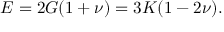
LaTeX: E = 2 G ( 1 + \nu ) = 3 K ( 1 - 2 \nu ) .